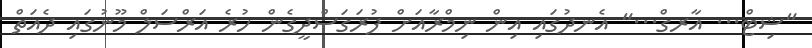
"ޝިޓް... އާރގް..." އެނދުގައި އިން ނިމްރާއަށް ފުރަގަސްދީގެން ހުރެ އަރްސަލް މޫނުގައި ދެއަތް